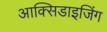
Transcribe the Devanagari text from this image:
आक्सिडाइजिंग